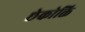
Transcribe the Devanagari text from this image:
छेकोक्ति